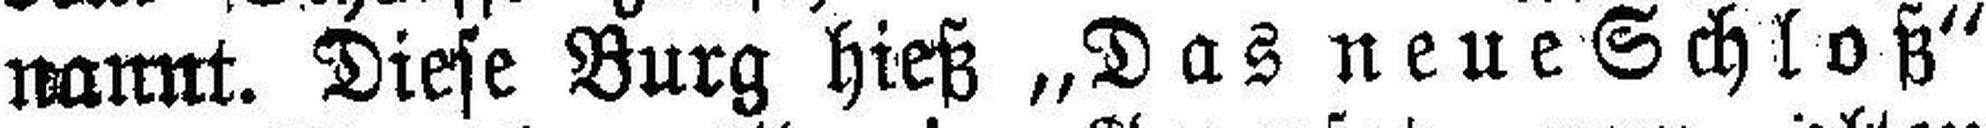
nannt. Diese Burg hieß „Das neue Schloß“